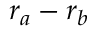
r _ { a } - r _ { b }